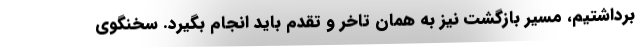
برداشتیم، مسیر بازگشت نیز به همان تاخر و تقدم باید انجام بگیرد. سخنگوی